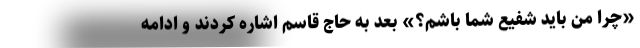
«چرا من باید شفیع شما باشم؟» بعد به حاج قاسم اشاره کردند و ادامه